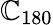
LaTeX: \mathbb{C}_{180}